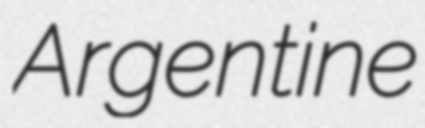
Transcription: Argentine